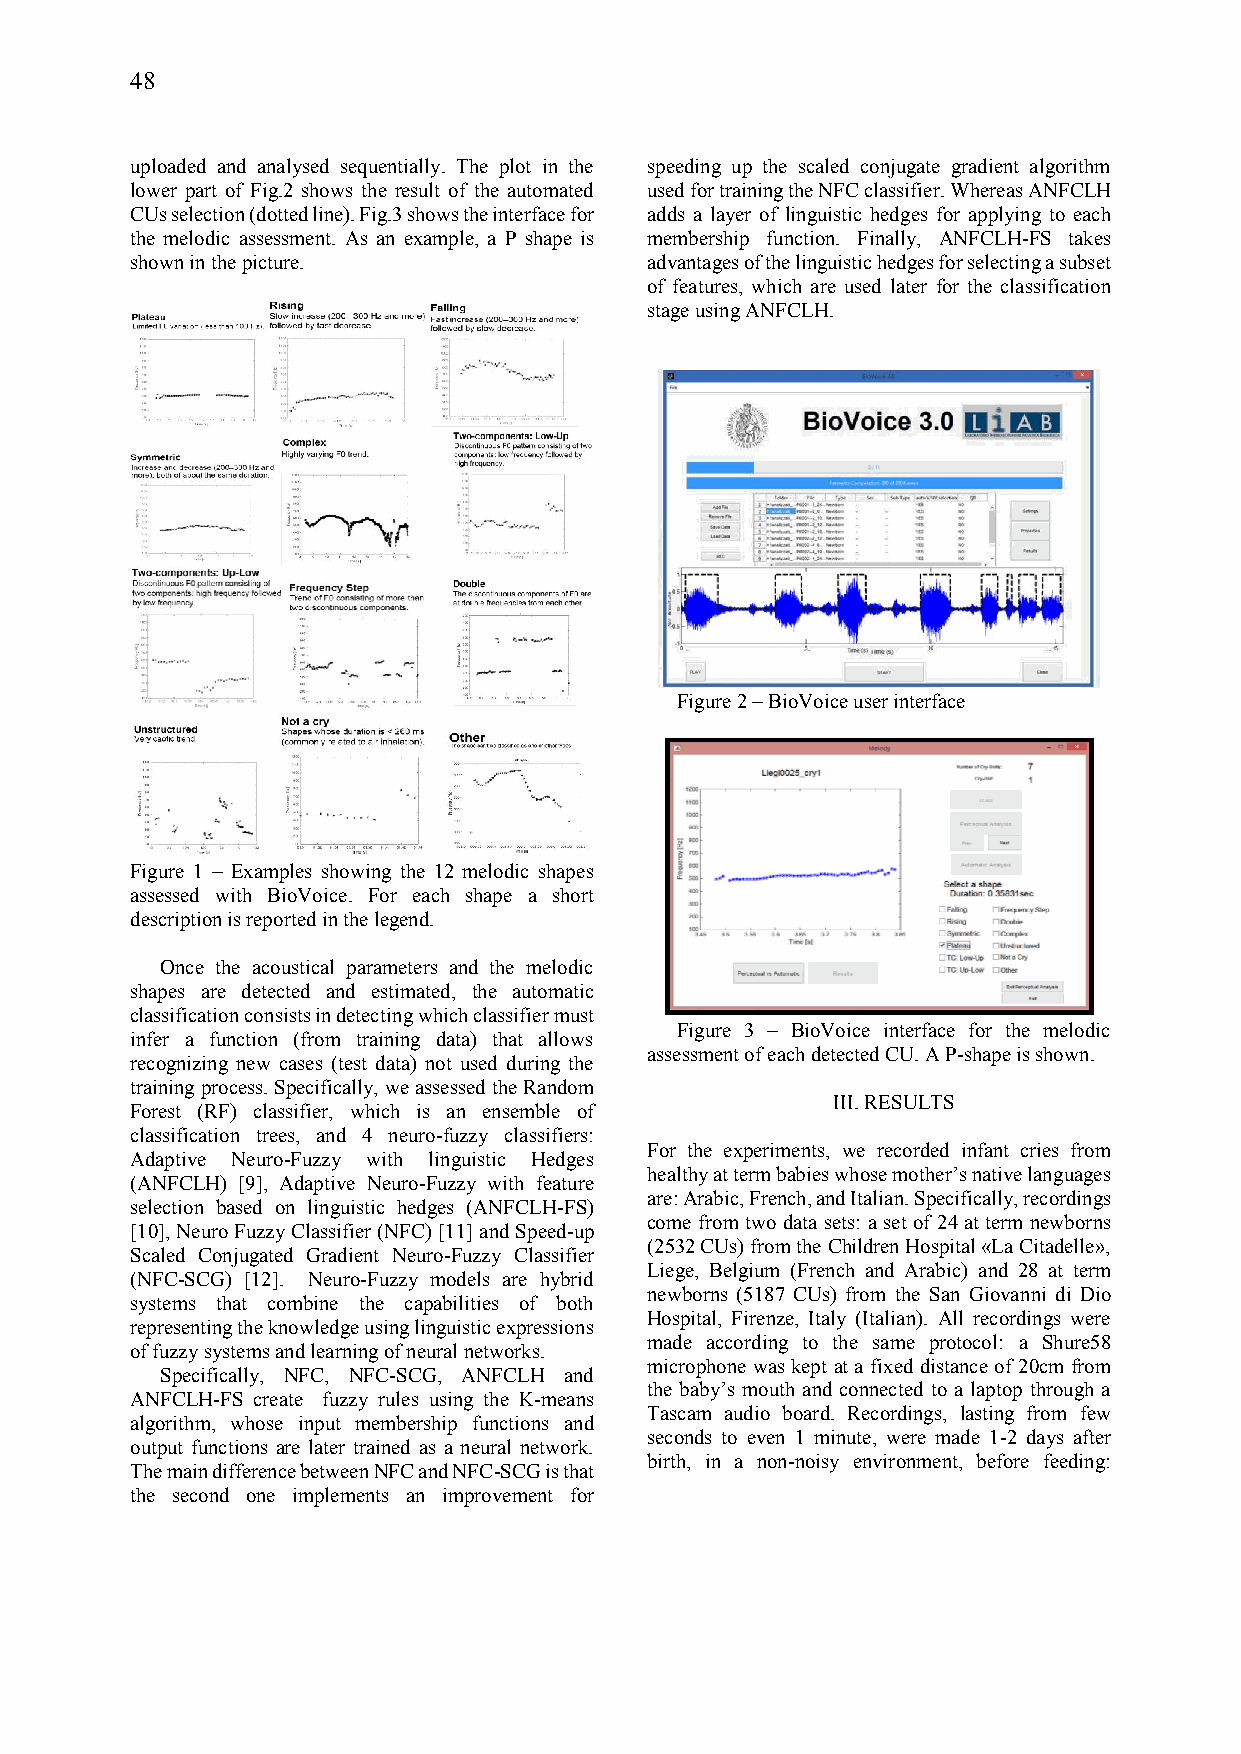
48
 uploaded and analysed sequentially. The plot in the speeding up the scaled conjugate gradient algorithm
 lower part of Fig.2 shows the result of the automated used for training the NFC classifier. Whereas ANFCLH
 CUs selection (dotted line). Fig.3 shows the interface for adds a layer of linguistic hedges for applying to each
 the melodic assessment. As an example, a P shape is membership function. Finally, ANFCLH-FS takes
 shown in the picture.             advantages of the linguistic hedges for selecting a subset
 of features, which are used later for the classification
 stage using ANFCLH.
 Figure 2 – BioVoice user interface
 Figure 1 – Examples showing the 12 melodic shapes
 assessed with BioVoice. For each shape a short
 description is reported in the legend.
 Once the acoustical parameters and the melodic
 shapes are detected and estimated, the automatic
 classification consists in detecting which classifier must
 Figure 3 – BioVoice interface for the melodic
 infer a function (from training data) that allows
 assessment of each detected CU. A P-shape is shown.
 recognizing new cases (test data) not used during the
 training process. Specifically, we assessed the Random
 III.RESULTS
 Forest (RF) classifier, which is an ensemble of
 classification trees, and 4 neuro-fuzzy classifiers:
 For the experiments, we recorded infant cries from
 Adaptive Neuro-Fuzzy with linguistic Hedges
 healthy at term babies whose mother’s native languages
 (ANFCLH) [9], Adaptive Neuro-Fuzzy with feature
 are: Arabic, French, and Italian. Specifically, recordings
 selection based on linguistic hedges (ANFCLH-FS)
 come from two data sets: a set of 24 at term newborns
 [10], Neuro Fuzzy Classifier (NFC) [11] and Speed-up
 (2532 CUs) from the Children Hospital «La Citadelle»,
 Scaled Conjugated Gradient Neuro-Fuzzy Classifier
 Liege, Belgium (French and Arabic) and 28 at term
 (NFC-SCG) [12]. Neuro-Fuzzy models are hybrid
 newborns (5187 CUs) from the San Giovanni di Dio
 systems that combine the capabilities of both
 Hospital, Firenze, Italy (Italian). All recordings were
 representing the knowledge using linguistic expressions
 made according to the same protocol: a Shure58
 of fuzzy systems and learning of neural networks.
 microphone was kept at a fixed distance of 20cm from
 Specifically, NFC, NFC-SCG, ANFCLH and
 the baby’s mouth and connected to a laptop through a
 ANFCLH-FS create fuzzy rules using the K-means
 Tascam audio board. Recordings, lasting from few
 algorithm, whose input membership functions and
 seconds to even 1 minute, were made 1-2 days after
 output functions are later trained as a neural network.
 birth, in a non-noisy environment, before feeding:
 The main difference between NFC and NFC-SCG is that
 the second one implements an improvement for